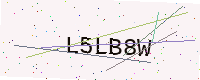
Text: L5LB8W